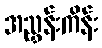
အညွှန်းကိန်း